Report on sanitation, dispensaries, and jails in Rajputana for 1913, and on vaccination for the year 1913-1914 - 1913-1914
Year: 1913
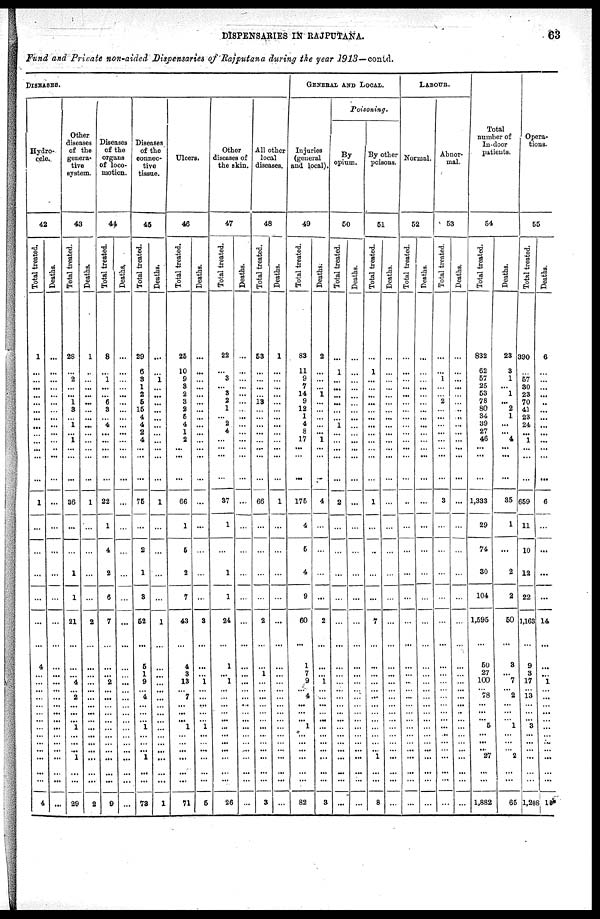
DISPENSARIES IN RAJPUTANA.
63
Fund and Private non-aided Dispensaries of Rajputana during the year 1913—contd.
DISEASES.
Hydro¬
cele.
42
Total treated.
1
...
...
...
...
... ...
...
...
...
...
...
...
...
1
...
...
...
...
...
...
4
...
...
...
...
...
...
...
...
...
...
...
...
...
...
4
Deaths.
...
...
...
...
...
...
...
...
...
...
...
...
...
...
...
...
...
...
...
...
...
...
...
...
...
...
...
...
...
...
...
...
...
...
...
...
...
Other
diseases
of the
genera¬
tive
system.
43
Total treated.
28
...
2
...
...
1
3
...
1
...
1
...
...
...
36
...
...
1
1
21
...
...
...
4
...
2
...
...
... 1
...
...
...
1
...
...
29
Deaths.
1
...
...
...
...
...
...
...
...
...
...
...
...
...
1
...
...
...
...
2
...
...
...
...
...
...
...
...
...
...
...
...
...
...
...
...
2
Diseases
of the
organs
of loco-
motion.
44
Total treated.
8
...
1
...
...
6
3
...
4
...
...
...
...
...
22
...
...
...
...
7
...
...
...
2
...
...
...
...
...
...
...
...
...
...
...
...
9
Deaths.
...
...
...
...
...
...
...
...
...
...
...
...
...
...
...
...
...
...
...
...
...
...
...
...
...
...
...
...
...
...
...
...
...
...
...
...
...
Diseases
of the
connec-
tive
tissue.
45
Total treated.
29
6
3
1
2
5
15
4
4
2
4
...
...
...
75
...
2
1
3
52
...
5
1
9
... 4
...
...
... 1
...
...
...
1
...
...
73
Deaths.
...
...
1
...
...
...
...
...
...
...
...
...
...
...
1
...
...
...
...
1
...
...
...
...
...
...
...
...
...
...
...
...
...
...
...
...
1
Ulcers.
46
Total treated.
25
10
9
3
2
3
2
5
4
1
2
...
...
...
66
1
5
2
7
43
...
4
3
13
... 7
...
...
... 1
...
...
...
...
...
...
71
Deaths.
...
...
...
...
...
...
...
...
...
...
...
...
...
...
...
...
...
...
...
3
...
...
...
1
...
...
...
...
... 1
...
...
...
...
...
...
5
Other
diseases of
the skin.
47
Total treated.
22
...
3
...
3
2
1
... 2
4
...
...
...
...
37
1
...
1
1
24
...
1
... 1
...
...
...
...
...
...
...
...
...
...
...
...
26
Deaths.
...
...
...
...
...
...
...
...
...
...
...
...
...
...
...
...
...
...
...
...
...
...
...
...
...
...
...
...
...
...
...
...
...
...
...
...
...
All other
local
diseases.
48
Total treated.
53
...
...
...
...
13
...
...
...
...
...
...
...
...
66
...
...
...
...
2
...
...
1
...
...
...
...
...
... ...
...
...
...
...
...
...
3
Deaths.
1
...
...
...
...
...
...
...
...
...
...
...
...
...
1
...
...
...
...
...
...
...
...
...
...
...
...
...
...
...
...
...
...
...
...
...
...
GENERAL AND LOCAL.
Injuries
(general
and local).
49
Total treated.
83
11
9
7
14
9
12
1
4
8
17
...
...
...
176
4
5
4
9
60
...
1
7
9
... 4
...
...
... 1
...
...
...
...
...
...
82
Deaths.
2
...
...
...
1
...
...
...
...
...
1
...
...
...
4
...
...
...
...
2
...
...
...
1
...
...
...
...
...
...
...
...
...
...
...
...
3
Poisoning.
By
opium.
50
Total treated.
...
1
...
...
...
...
...
...
1
...
...
...
...
...
2
...
...
...
...
...
...
...
...
...
...
...
...
...
...
...
...
...
...
...
...
...
...
Deaths.
...
...
...
...
...
...
...
...
...
...
...
...
...
...
...
...
...
...
...
...
...
...
...
...
...
...
...
...
...
...
...
...
...
...
...
...
...
By other
poisons.
51
Total treated.
...
1
...
...
...
...
...
...
...
...
...
...
...
...
1
...
...
...
...
7
...
...
...
...
...
...
...
...
...
...
...
...
...
1
...
...
8
Deaths.
...
...
...
...
...
...
...
...
...
...
...
...
...
...
...
...
...
...
...
...
...
...
...
...
...
...
...
...
...
...
...
...
...
...
...
...
...
LABOUR.
Normal.
52
Total treated.
...
...
...
...
...
...
...
...
...
...
...
...
...
...
...
...
...
...
...
...
...
...
...
...
...
...
...
...
...
...
...
...
...
...
...
...
...
Deaths.
...
...
...
...
...
...
...
...
...
...
...
...
...
...
...
...
...
...
...
...
...
...
...
...
...
...
...
...
...
...
...
...
...
...
...
...
...
Abnor-
mal.
53
Total treated.
...
...
1
...
...
2
...
...
...
...
...
...
...
...
3
...
...
...
...
...
...
...
...
...
...
...
...
...
...
...
...
...
...
...
...
...
...
Deaths.
...
...
...
...
...
...
...
...
...
...
...
...
...
...
...
...
...
...
...
...
...
...
...
...
...
...
...
...
...
...
...
...
...
...
...
...
...
Total
number of
In-door
patients.
54
Total treated.
832
62
57
25
53
78
80
34
39
27
46
...
...
...
1,333
29
74
30
104
1,595
...
50
27
100
...
78
...
...
... 5
...
...
...
27
...
...
1,882
Deaths.
23
3
1
...
1
... 2
1
...
... 4
...
...
...
35
1
...
2
2
50
...
3
... 7
... 2
... ...
... 1
...
...
... 2
...
...
65
Opera-
tions.
5
Total treated.
390
...
57
80
23
70
41
23
24
...
1
...
...
...
659
11
10
12
22
1,163
...
9
3
17
...
13
...
...
... 3
...
...
...
...
...
...
1,208
Deaths.
6
...
...
...
...
...
...
...
...
...
...
...
...
...
6
...
...
...
...
14
...
...
...
1
...
...
...
...
...
...
...
...
...
...
...
...
15